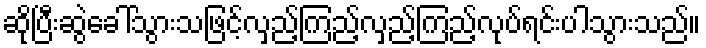
ဆိုပြီးဆွဲခေါ်သွားသဖြင့်လှည့်ကြည့်လှည့်ကြည့်လုပ်ရင်းပါသွားသည်။